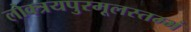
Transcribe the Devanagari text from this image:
लोक्त्रयपुरमूलस्तम्भं